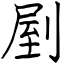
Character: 剭